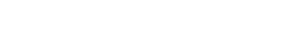
ဟုခေါ်သော ညီလာခံတွေ ကြီးတက်ခဲ့ဖူးသည်။